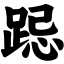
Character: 跽